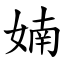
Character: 婻